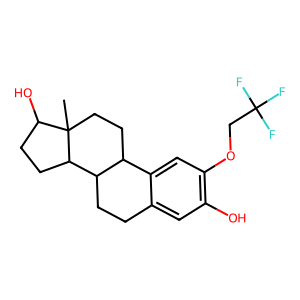
SMILES: CC12CCC3c4cc(OCC(F)(F)F)c(O)cc4CCC3C1CCC2O
Inhibits HIV replication: No